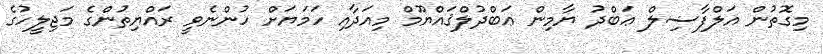
މިގޮތުން އަލްފާޟިލް ޢަބްދު ޔާމިން ޢަބްދުލްޤައްޔޫމް މިއަދާއި ހަމަޔަށް ހުންނެވީ ރައްޔިތުންގެ މަޖިލީހުގެ